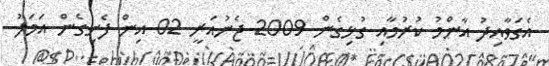
އެގަވާއިދު އާންމު ކުރުމާއި ގުޅިގެން 2009 ޖެނުއަރީ 02 އިން ފެށިގެން އަމަލު